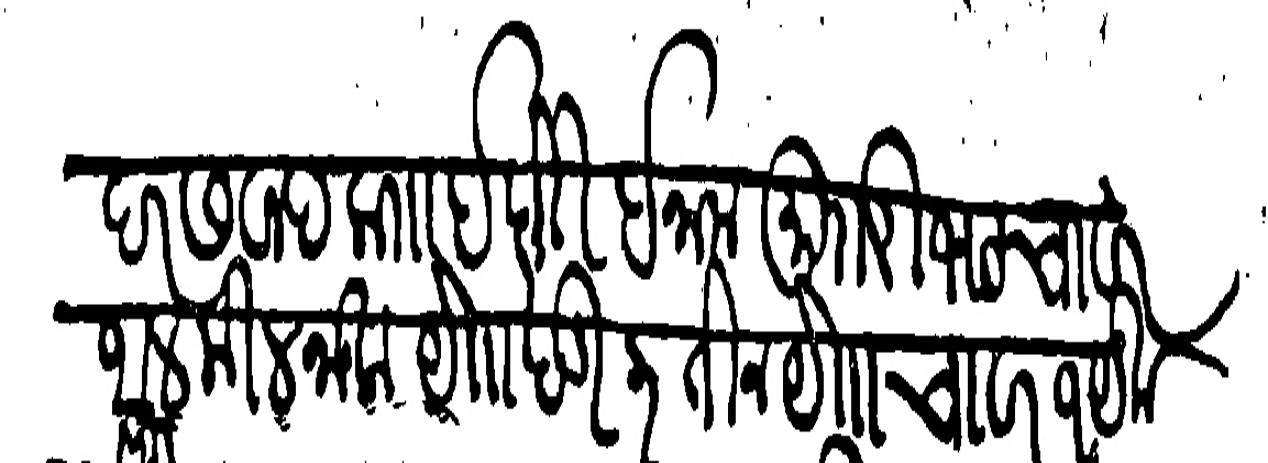
Transliteration (Devanagari): दर सवाद का इंदोरी इनाम मुरारीभट चावर थल मीलनाक या खंडी ३ या चावर १ येक